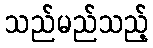
သည်မည်သည့်